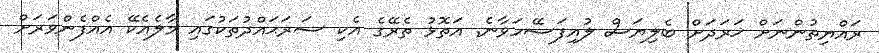
ރައްޔިތުންނަށް ޚަރަދަށް ބެލިޔަސް ލުއިފަސޭހަވާނެ